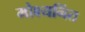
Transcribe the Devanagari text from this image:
मोक्ष्यनिंत